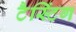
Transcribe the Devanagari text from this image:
टैस्टिंग